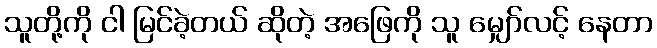
သူတို့ကို ငါ မြင်ခဲ့တယ် ဆိုတဲ့ အဖြေကို သူ မျှော်လင့် နေတာ